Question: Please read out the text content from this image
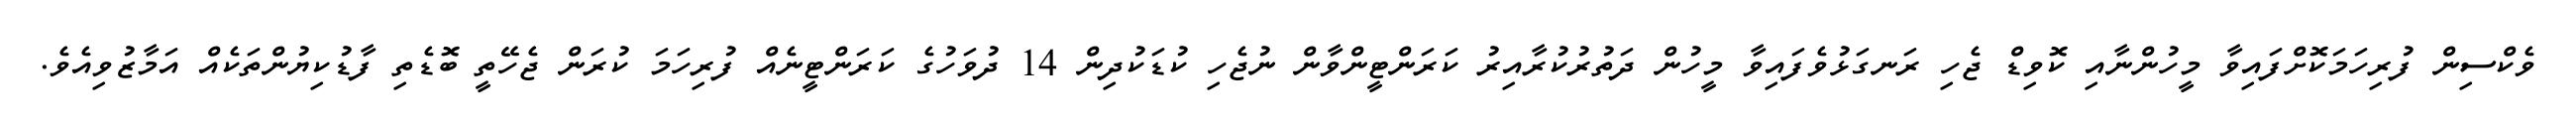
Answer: ވެކްސިން ފުރިހަމަކޮށްފައިވާ މީހުންނާއި ކޮވިޑް ޖެހި ރަނގަޅުވެފައިވާ މީހުން ދަތުރުކުރާއިރު ކަރަންޓީންވާން ނުޖެހި ކުޑަކުދިން 14 ދުވަހުގެ ކަރަންޓީނެއް ފުރިހަމަ ކުރަން ޖެހޭތީ ބޮޑެތި ފާޑުކިޔުންތަކެއް އަމާޒުވިއެވެ.